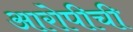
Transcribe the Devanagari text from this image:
आरोपीची